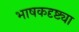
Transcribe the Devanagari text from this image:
भाषकदृष्ट्या